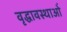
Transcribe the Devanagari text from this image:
वृद्धावस्थाओं